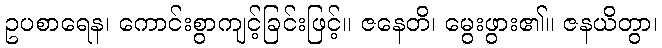
ဥပစာရေန၊ ကောင်းစွာကျင့်ခြင်းဖြင့်။ ဇနေတိ၊ မွေးဖွား၏။ ဇနယိတွာ၊